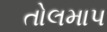
તોલમાપ